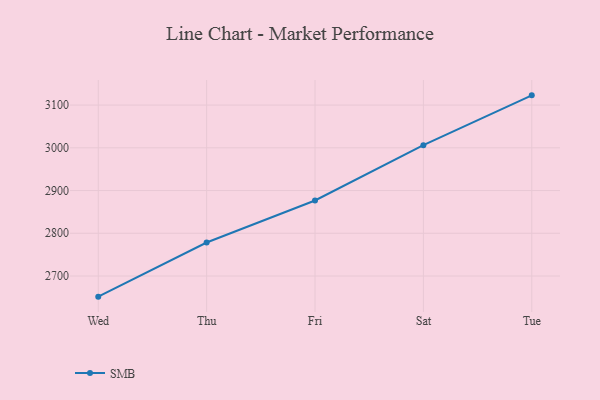
{"axis": {"x": "Day", "y": "Budget (USD K)"}, "legend": ["SMB"], "data": [{"x": "Wed", "y": 2651.7, "type": "SMB"}, {"x": "Thu", "y": 2778.4, "type": "SMB"}, {"x": "Fri", "y": 2876.7, "type": "SMB"}, {"x": "Sat", "y": 3006.3, "type": "SMB"}, {"x": "Tue", "y": 3122.8, "type": "SMB"}]}